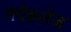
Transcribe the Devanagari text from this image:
कोइनेग